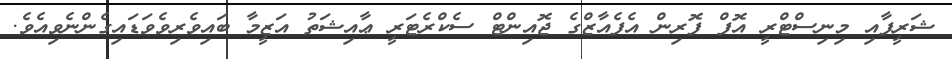
ޝަރީފާއި މިނިސްޓްރީ އޮފް ފޮރިން އެފެއާޒްގެ ޖޮއިންޓް ސެކްރެޓަރީ ޢާއިޝަތު އަޒީމާ ބައިވެރިވެވަޑައިގެންނެވިއެވެ.